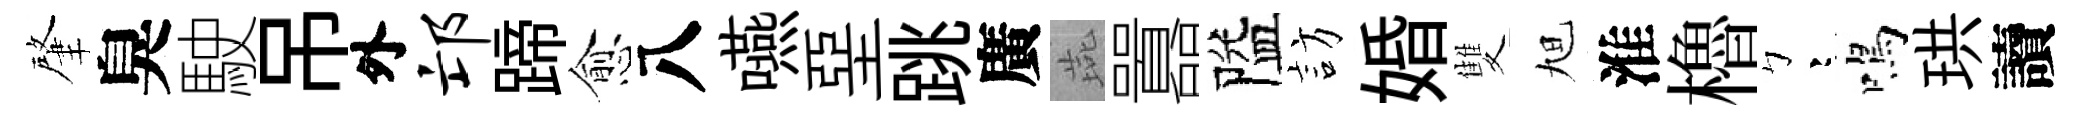
肇臭駛吊外邙蹄愈八嚥堊跳廣燕囂隘訪婚雙旭淮櫓彎鳴珙讀